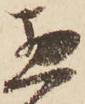
惣